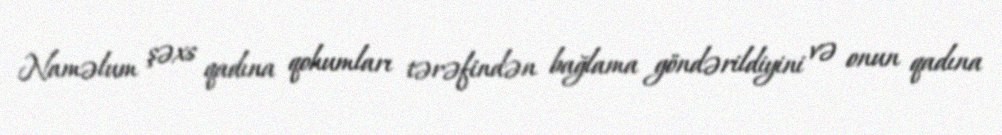
Naməlum şəxs qadına qohumları tərəfindən bağlama göndərildiyini və onun qadına